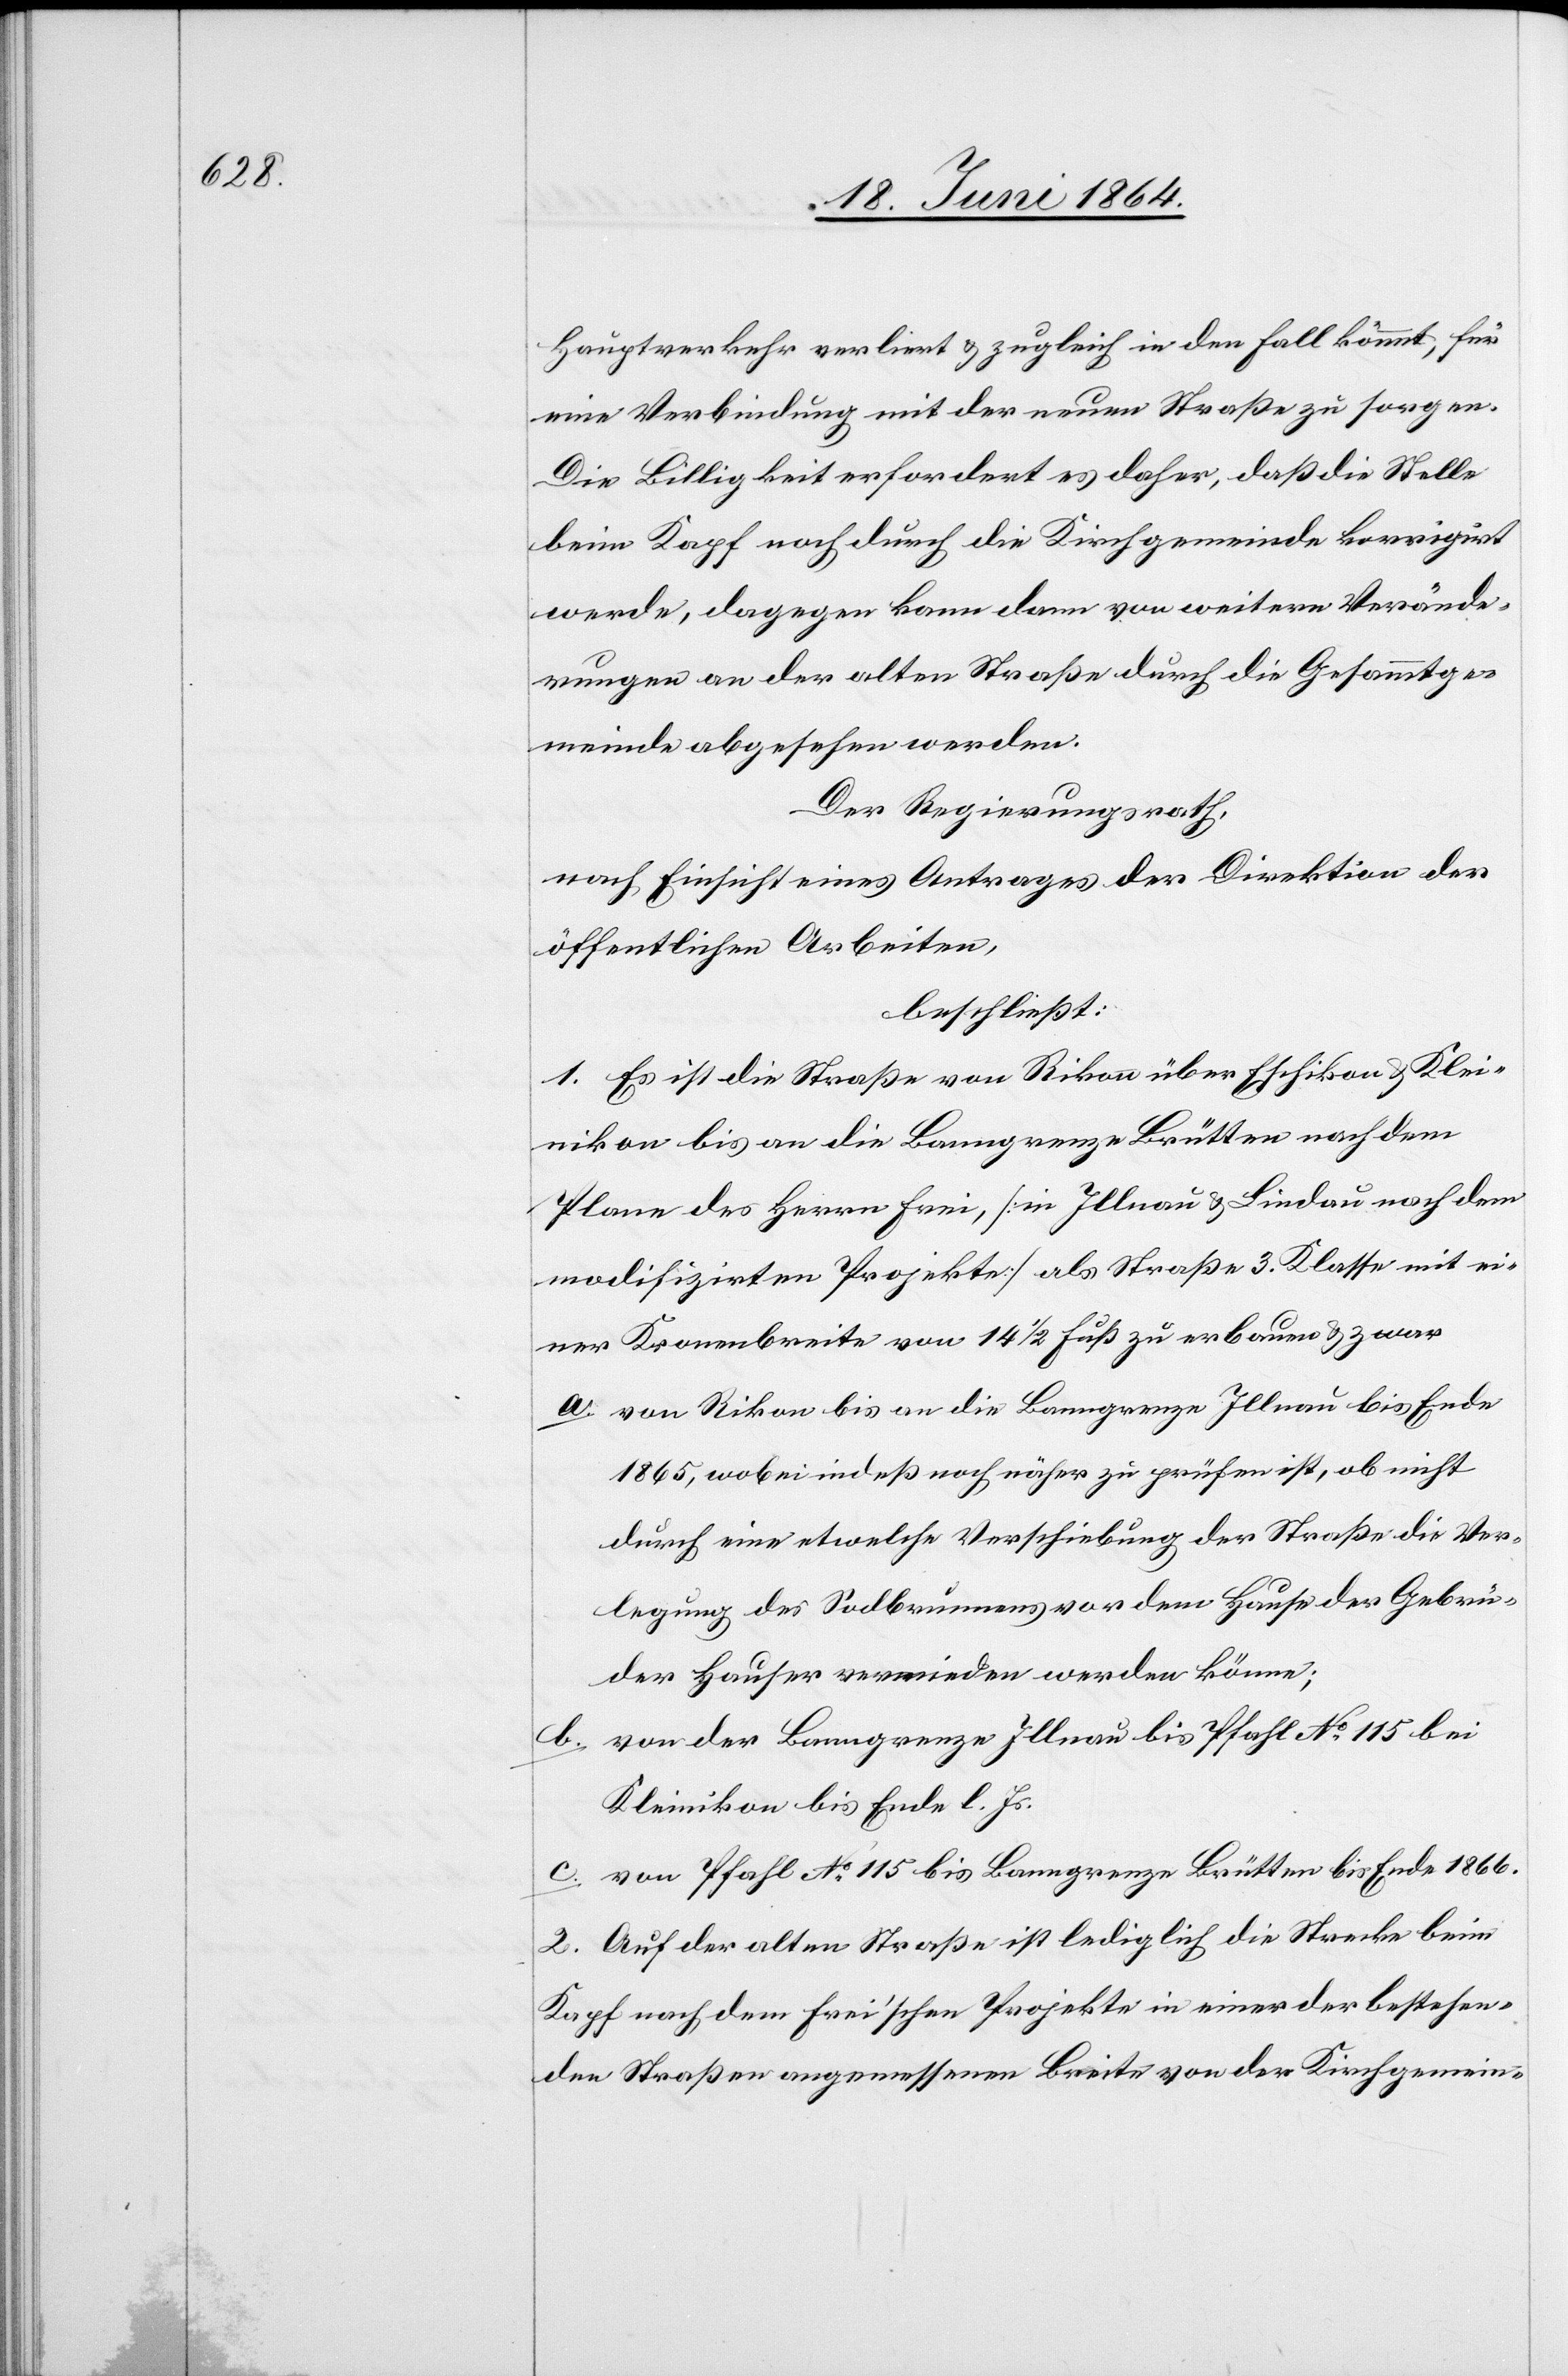
Hauptverkehr verliert u. zugleich in den Fall kömmt, für
eine Verbindung mit der neuen Straße zu sorgen.
Die Billigkeit erfordert es daher, daß die Stelle
beim Kapf noch durch die Kirchgemeinde korrigiert
werde, dagegen kann dann von weitern Verände¬
rungen an der alten Straße durch die Gesammtge¬
meinde abgesehen werden.
Der Regierungsrath,
nach Einsicht eines Antrages der Direktion der
öffentlichen Arbeiten,
beschließt:
1. Es ist die Straße von Rikon über Eschikon u. Klei¬
nikon bis an die Banngrenze Brütten nach dem
Plane des Herrn Frei, [in Illnau u. Lindau nach dem
modifizirten Projekte] als Straße 3. Klasse mit ei¬
ner Kronenbreite von 14 1/2 Fuß zu erbauen u. zwar
a. von Rikon bis an die Banngrenze Illnau bis Ende
1865, wobei indeß noch näher zu prüfen ist ob nicht
durch eine etwelche Verschiebung der Straße die Ver¬
legung des Sodbrunnens vor dem Hause der Gebrü¬
der Hauser vermieden werden könne;
b. von der Banngrenze Illnau bis Pfahl No 115 bei
Kleinikon bis Ende l. Js.
c. von Pfahl No 115 bis Banngrenze Brütten bis Ende 1866.
2. Auf der alten Straße ist lediglich die Strecke beim
Kapf nach dem Frei’schen Projekte in einer der bestehen¬
den Straßen angemessenen Breite von der Kirchgemein-